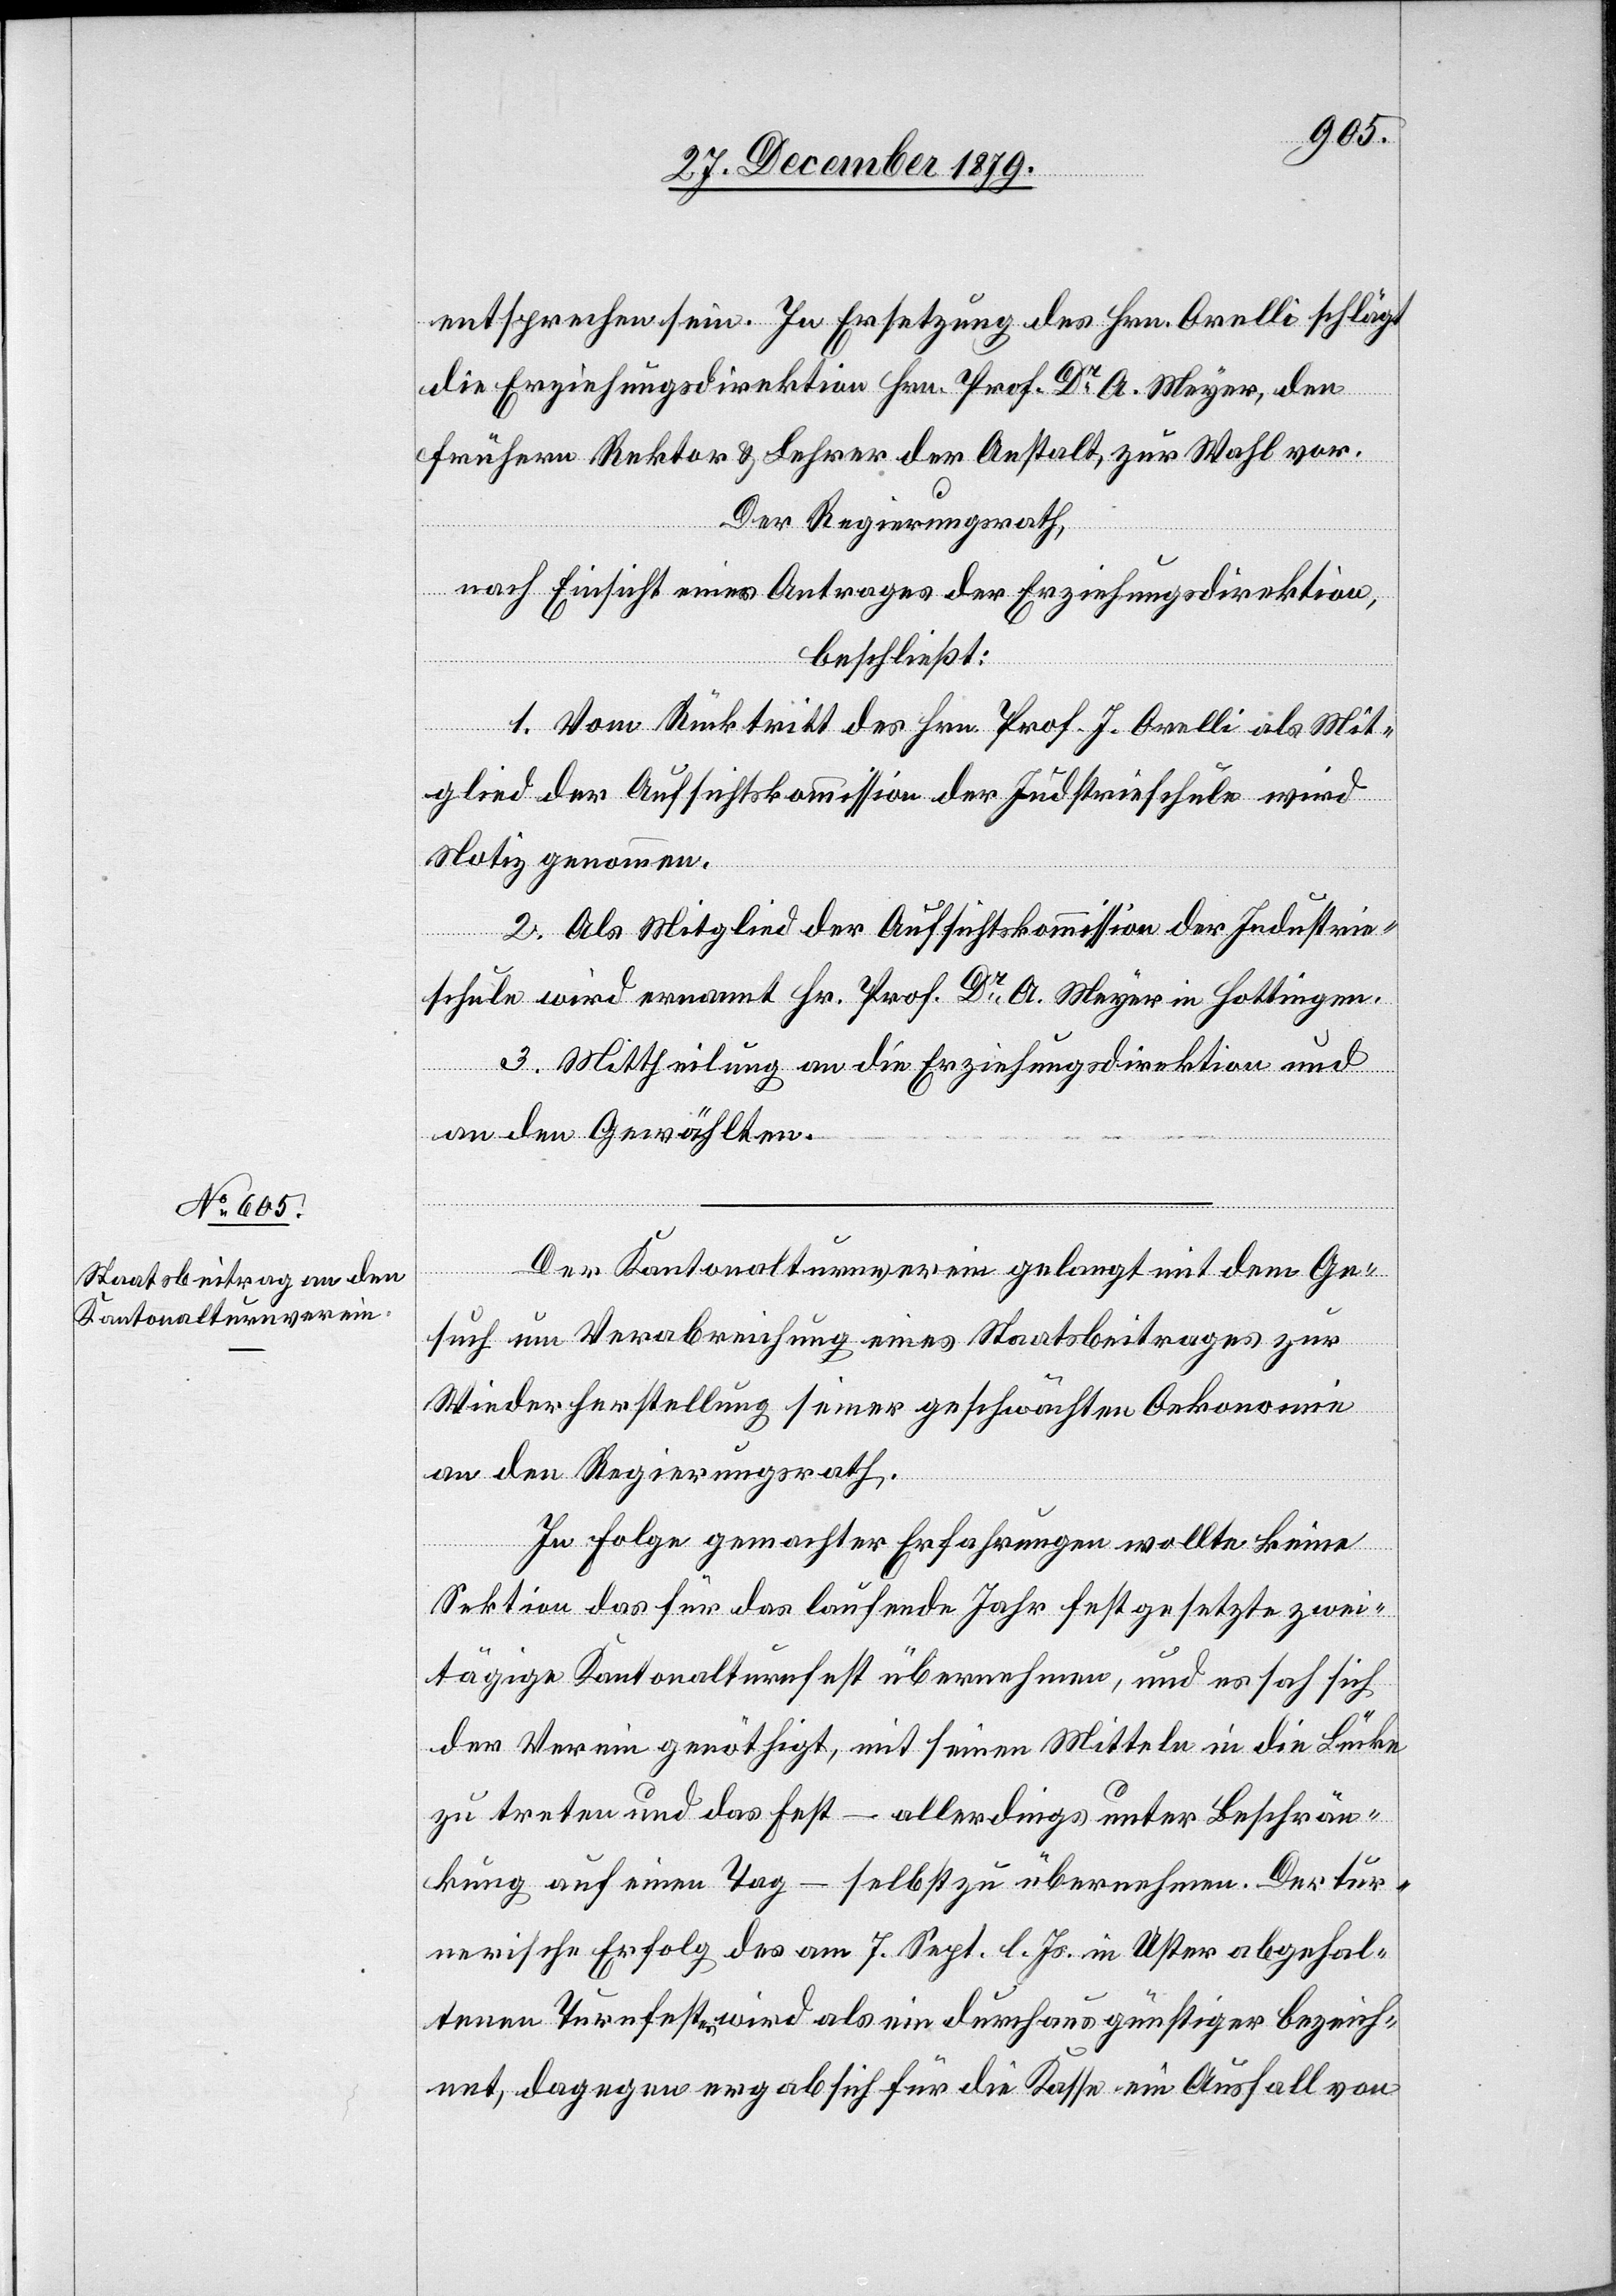
entsprechen sein. In Ersatzung des Hrn. Orelli schlägt
die Erziehungsdirektion Hrn. Prof. Dr A. Meyer
frühern Rektor & Lehrer der Anstalt, zur Wahl vor.
Der Regierungsrath,
nach Einsicht eines Antrages der Erziehungsdirektion,
beschließt:
1. Vom Rücktritt des Hrn. Prof. J. Orelli als Mit¬
glied der Aufsichtskommission der Industrieschule wird
Notiz genommen.
2. Als Mitglied der Aufsichtskommission der Industrie¬
schule wird ernannt Hr. Prof. Dr A. Meyer in Hottingen.
3. Mittheilung an die Erziehungsdirektion und
an den Gewählten.
Der Kantonalturnverein gelangt mit dem Ge¬
such um Verabreichung eines Staatsbeitrages zur
Wiederherstellung seiner geschwächten Oekonomie
an den Regierungsrath.
den
In Folge gemachter Erfahrungen wollte keine
Sektion das für das laufende Jahr festgesetzte zwei¬
tägige Kantonalturnfest übernehmen, und es sah sich
der Verein genöthigt, mit seinen Mitteln in die Lücke
zu treten und das Fest – allerdings unter Beschrän¬
kung auf einen Tag – selbst zu übernehmen. Der tur¬
nerische Erfolg das am 7. Sept. l. Js. in Uster abgehal¬
tenen Turnfest wird als ein durchaus günstiger bezeich¬
net, dagegen ergab sich für die Kasse ein Ausfall von